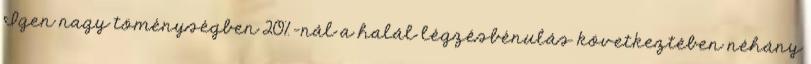
Igen nagy töménységben 20%-nál a halál légzésbénulás következtében néhány